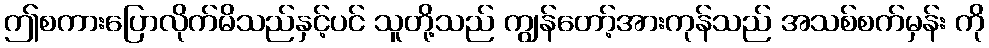
ဤစကားပြောလိုက်မိသည်နှင့်ပင် သူတို့သည် ကျွန်တော့်အားကုန်သည် အသစ်စက်မှန်း ကို